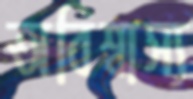
অবিশ্বাস্য